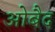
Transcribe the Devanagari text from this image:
ओबैद